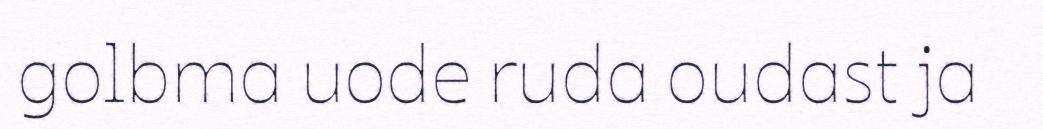
golbma uode ruda oudast ja